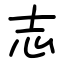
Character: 志